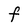
Character: F